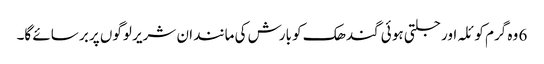
6 وہ گرم کو ئلہ اور جلتی ہو ئی گندھک کو بارش کی مانند ان شریر لوگوں پر بر سائے گا۔